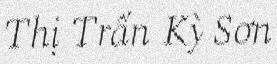
Thị Trấn Kỳ Sơn